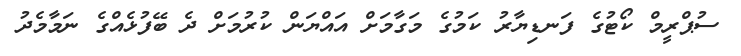
ސުޕްރީމް ކޯޓުގެ ފަނޑިޔާރު ކަމުގެ މަގާމަށް އައްޔަން ކުރުމަށް ދެ ބޭފުޅެއްގެ ނަމާމެދު